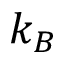
k _ { B }